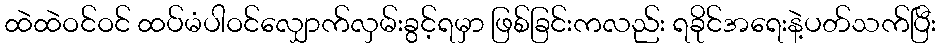
ထဲထဲဝင်ဝင် ထပ်မံပါဝင်လျှောက်လှမ်းခွင့်ရမှာ ဖြစ်ခြင်းကလည်း ရခိုင်အရေးနဲ့ပတ်သက်ပြီး